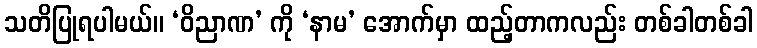
သတိပြုရပါမယ်။ ‘ဝိညာဏ’ ကို ‘နာမ’ အောက်မှာ ထည့်တာကလည်း တစ်ခါတစ်ခါ